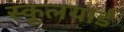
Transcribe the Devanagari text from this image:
स्कूलयार्ड